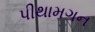
પીથામગન